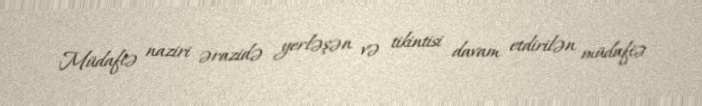
Müdafiə naziri ərazidə yerləşən və tikintisi davam etdirilən müdafiə